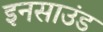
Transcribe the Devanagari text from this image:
इनसाउंड